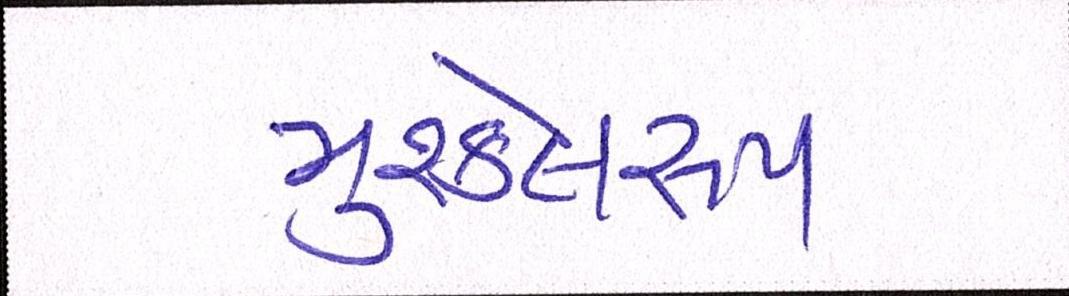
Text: મુશ્કેલરૂપ